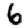
Digit: 6